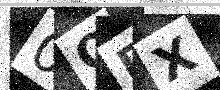
Text: 0OPX